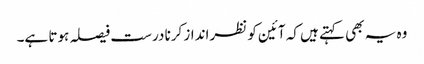
وہ یہ بھی کہتے ہیں کہ آئین کو نظرانداز کرنا درست فیصلہ ہوتا ہے۔